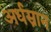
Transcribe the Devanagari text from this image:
अर्धस्नान